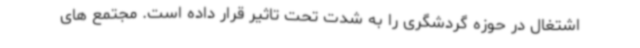
اشتغال در حوزه گردشگری را به شدت تحت تاثیر قرار داده است. مجتمع های